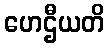
ဟေဌီယတိ